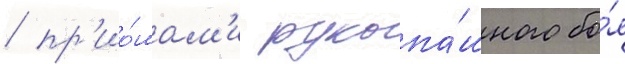
/ пр'ио́мам'и рукопа́шного бо́я